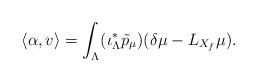
LaTeX: \begin{align*}\left<\alpha,v\right>=\int_\Lambda(\iota_\Lambda^*\tilde{p}_\mu)(\delta\mu-L_{X_f}\mu).\end{align*}